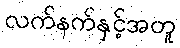
လက်နက်နှင့်အတူ